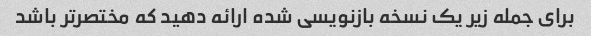
برای جمله زیر یک نسخه بازنویسی شده ارائه دهید که مختصرتر باشد